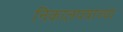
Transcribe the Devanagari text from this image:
निकालपत्राच्या